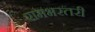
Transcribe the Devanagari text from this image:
रामभरतरी